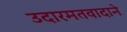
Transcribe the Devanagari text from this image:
उदारमतवादाने